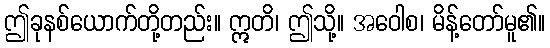
ဤခုနစ်ယောက်တို့တည်း။ ဣတိ၊ ဤသို့။ အဝေါစ၊ မိန့်တော်မူ၏။